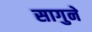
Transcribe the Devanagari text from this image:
सागुने